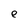
Character: e